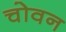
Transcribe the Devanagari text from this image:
चोवन